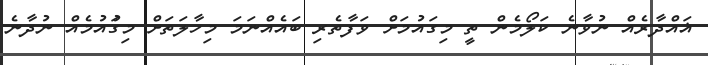
ޣައްދާރެއް ނުވާނެ ކަލޯމެން ތީ މިގައުމަށް ވަފާތެރި ބައެއްނަމަ މިހާލަތަށް މިގަުއުމެއް ނުދާނެ